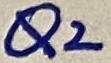
Text: Q2